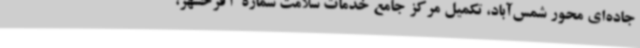
جاده‌ای محور شمس‌آباد، تکمیل مرکز جامع خدمات سلامت شماره 3 فرخشهر،